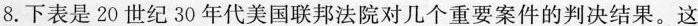
8.下表是20世纪30年代美国联邦法院对几个重要案件的判决结果。这